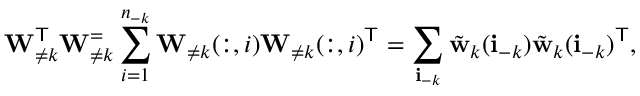
\mathbf { W } _ { \neq k } ^ { \mathsf { T } } \mathbf { W } _ { \neq k } ^ = \sum _ { i = 1 } ^ { n _ { - k } } \mathbf { W } _ { \neq k } ( : , i ) \mathbf { W } _ { \neq k } ( : , i ) ^ { \mathsf { T } } = \sum _ { \mathbf { i } _ { - k } } \Tilde { \mathbf { w } } _ { k } ( \mathbf { i } _ { - k } ) \Tilde { \mathbf { w } } _ { k } ( \mathbf { i } _ { - k } ) ^ { \mathsf { T } } ,